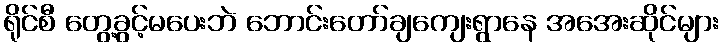
ရိုင်စီ တွေ့ခွင့်မပေးဘဲ ဘောင်းတော်ချကျေးရွာနေ အအေးဆိုင်များ